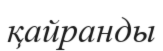
қайранды